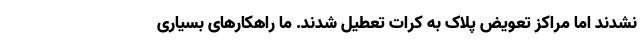
نشدند اما مراکز تعویض پلاک به کرات تعطیل شدند. ما راهکارهای بسیاری